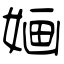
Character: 婳